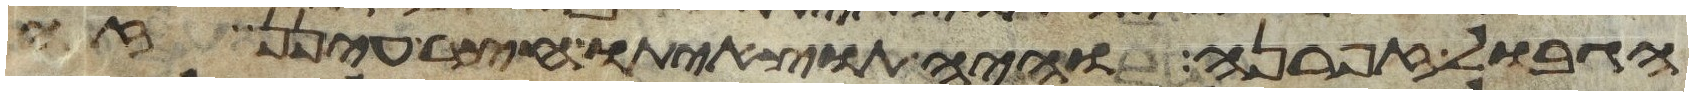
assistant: הגבול זפרנה והיה תוצאיתו חצר עינן זה